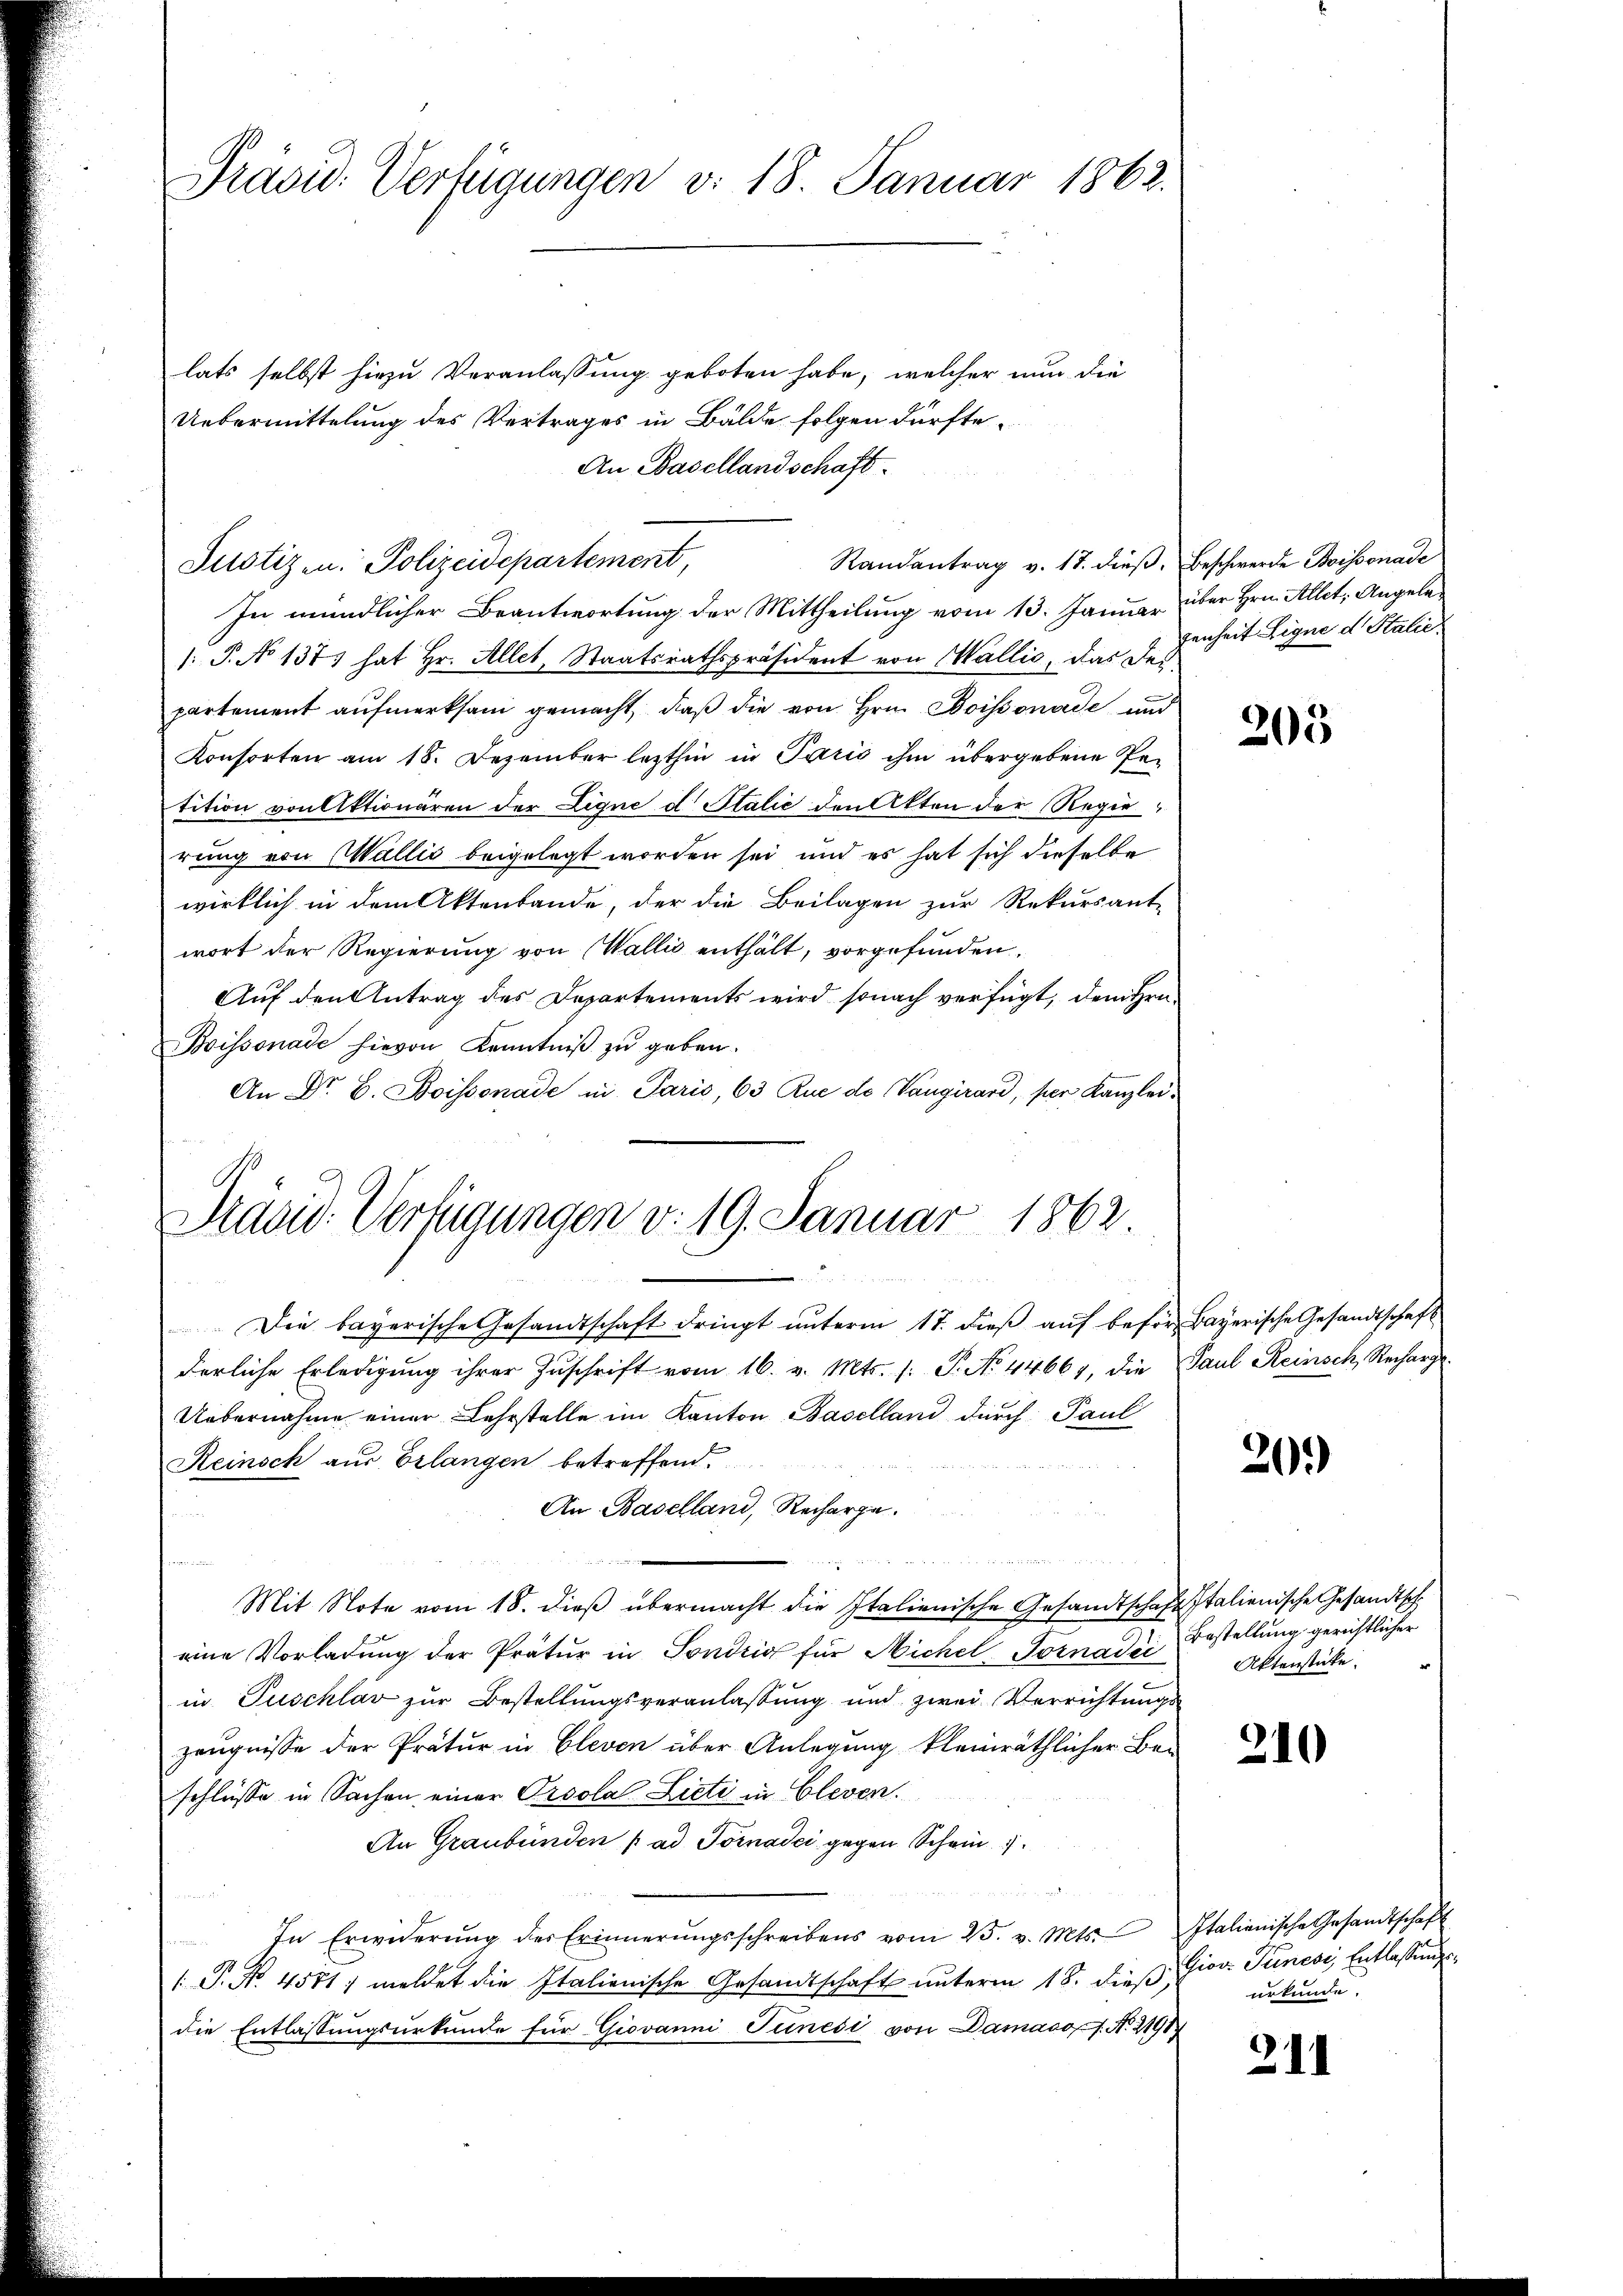
Präsid. Verfügungen v. 18. Januar 1862.

lats selbst hiezu Veranlassung geboten habe, welcher nun die
Uebermittelung des Vertrages in Bälde folgen dürfte.
An Basellandschaft.
In mündlicher Beantwortung der Mittheilung vom 13. Januar über Hrn. Allet, Angele¬
1: P. No 1377 hat Hr. Allet, Staatsrathspräsident von Wallis, das despartement aufmerksam gemacht, daß die von Hrn. Boissonade und
Konsorten am 18. Dezember lezthin in Paris ihm übergebene Petition von Aktionären der Lique d Stalić den Akten der Regie
rung von Wallis beigelegt worden sei, und es hat sich dieselbe
wirklich in dem Aktenbande, der die Beilagen zur Rekursant-
wort der Regierung von Wallis enthält, vorgefunden.
Auf den Antrag des Departements wird sonach verfügt, dem Hrn.
Boissonade hievon Kenntniß zu geben.
An Dr. C. Boissonade in Paris, 63 Que de Vangirard, per Kanzlei¬
Pravid. Verfügungen v. 19. Januar 1862.

Justizen: Polizeidepartement,

Randantrag v. 17. dieβ, Beschwerde Boissonade

Die bayerische Gesandtschaft dringt ŭnterm 17. dieβ aŭf befür Bayerische Gesandtschaft
derliche Erledigŭng ihrer Zŭschrift vom 16. v. Mts. /: P. No 44667, die Paul Reinsch, Recharge.
Uebernahme einer Lehrstelle im Kanton Baselland durch Paul
Reinsch aus Erlangen betreffend.
An Baselland, Recharge.

d
Mit Note vom 18. dieß übermacht die Italienische Gesandtschaft Italienische Gesandtsch
eine Vorladung der Prätur in Sondrio für Nichel Tornadii
in Puschlav zur Bestellungsveranlassung und zwei Verrichtungszeugnisse der Prätur in Cleven über Anlegung kleinräthlicher Beschlüsse in Sachen einer Orsola Licti in Cleven.
An Graubünden ad Poradei gegen Schein
In Erwiderŭng der Erinnerŭngsschreibens vom 25. v. Mts. Italienische Gesandtschaft
 P. No. 4581; meldet die Italienische Gesandtschaft unterm 18. dieß,
die Entlassŭngsŭrkŭnde für Giovanni Junesi von Damasos. No. 2191

tenheit Ligne d. Stalić.

205

20.)

Bestellung gerichtlicher
Aktenstücke.

210

Giov. Tunese Entlassungsurkunde.

21